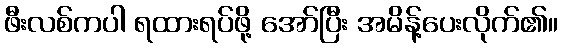
ဖီးလစ်ကပါ ရထားရပ်ဖို့ အော်ပြီး အမိန့်ပေးလိုက်၏။